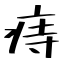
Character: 痔